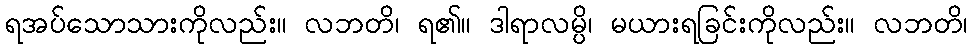
ရအပ်သောသားကိုလည်း။ လဘတိ၊ ရ၏။ ဒါရာလမ္ပိ၊ မယားရခြင်းကိုလည်း။ လဘတိ၊